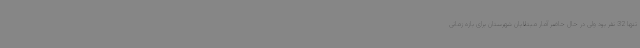
تنها 32 نفر بود ولی در حال حاضر آمار مبتلایان شهرستان برای بازه زمانی